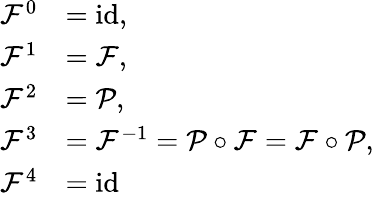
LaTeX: {\begin{array}{rl}{{\mathcal{F}}^{0}}&{=\mathrm{id},}\\ {{\mathcal{F}}^{1}}&{={\mathcal{F}},}\\ {{\mathcal{F}}^{2}}&{={\mathcal{P}},}\\ {{\mathcal{F}}^{3}}&{={\mathcal{F}}^{-1}={\mathcal{P}}\circ{\mathcal{F}}={\mathcal{F}}\circ{\mathcal{P}},}\\ {{\mathcal{F}}^{4}}&{=\mathrm{id}}\end{array}}